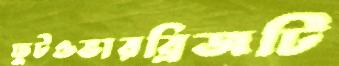
ফুটওভারব্রিজটি